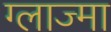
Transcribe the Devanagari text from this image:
ग्लाज्मा